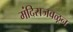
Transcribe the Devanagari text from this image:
मंदिराजवळून